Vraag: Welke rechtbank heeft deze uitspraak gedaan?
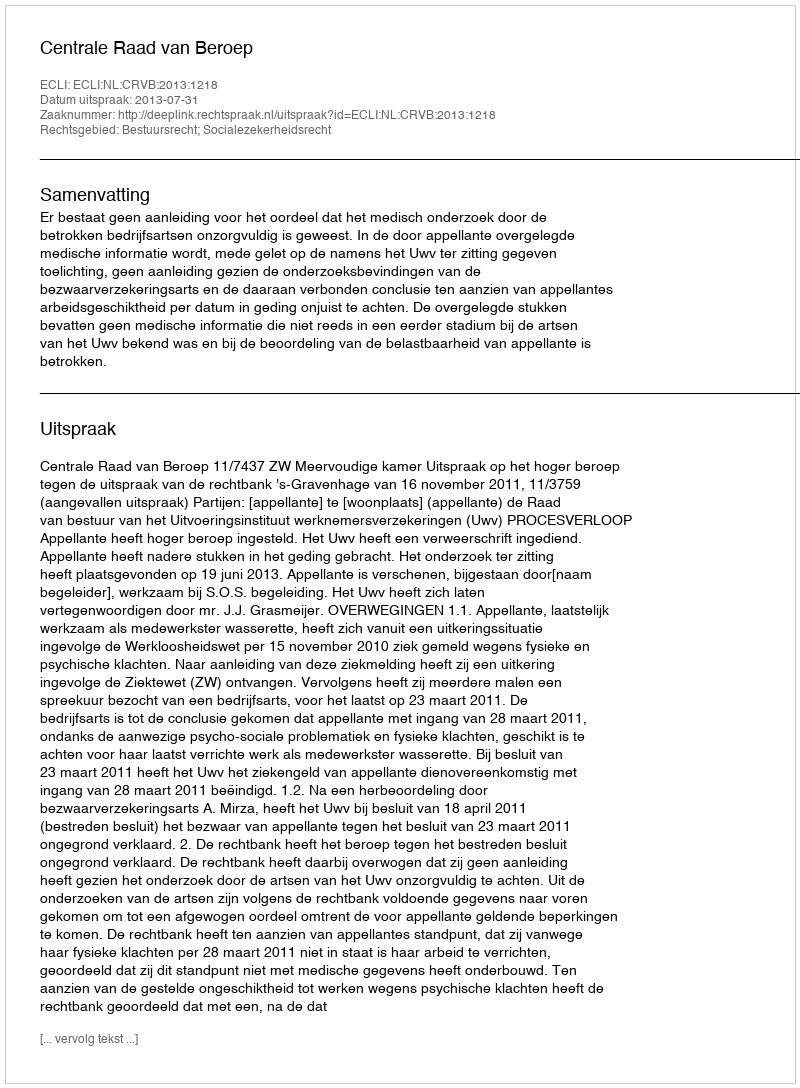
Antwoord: Centrale Raad van Beroep